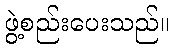
ဖွဲ့စည်းပေးသည်။